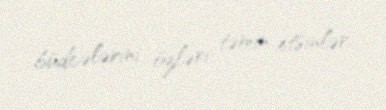
büdcələrini özləri təmin etsinlər.